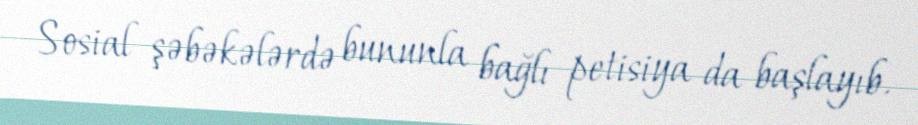
Sosial şəbəkələrdə bununla bağlı petisiya da başlayıb.